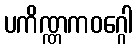
ပကိဏ္ဏကဝဂ္ဂေါ